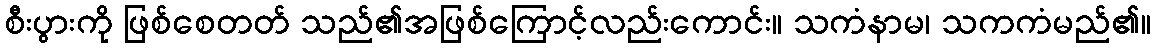
စီးပွားကို ဖြစ်စေတတ် သည်၏အဖြစ်ကြောင့်လည်းကောင်း။ သကံနာမ၊ သကကံမည်၏။